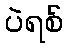
ပဲရစ်